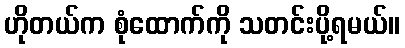
ဟိုတယ်က စုံထောက်ကို သတင်းပို့ရမယ်။